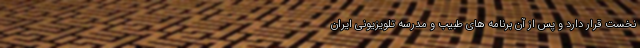
نخست قرار دارد و پس از آن برنامه های طبیب و مدرسه تلویزیونی ایران